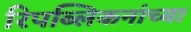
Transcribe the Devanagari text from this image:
रिपब्लिकनांच्या